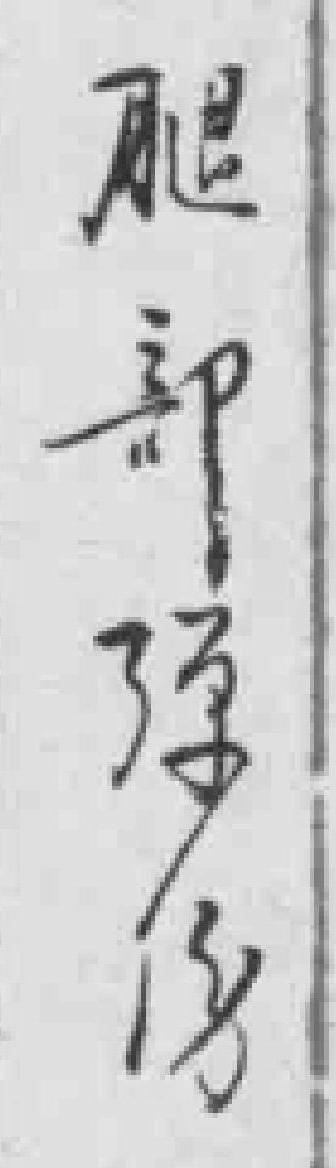
腿部弹伤